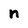
Character: n